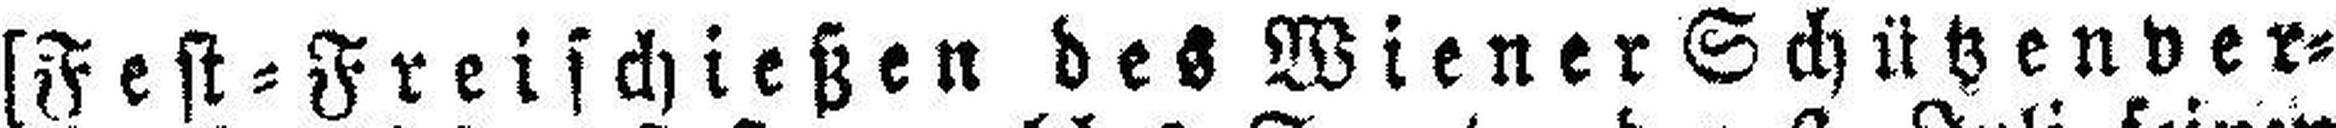
[Fest=Freischießen des Wiener Schützenver¬